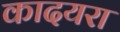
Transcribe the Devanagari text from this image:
कादयरा